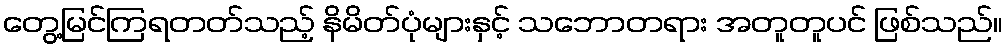
တွေ့မြင်ကြရတတ်သည့် နိမိတ်ပုံများနှင့် သဘောတရား အတူတူပင် ဖြစ်သည်။